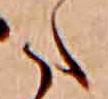
た